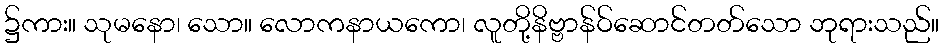
၌ကား။ သုမနော၊ သော။ လောကနာယကော၊ လူတို့နိဗ္ဗာန်ဝ်ဆောင်တတ်သော ဘုရားသည်။